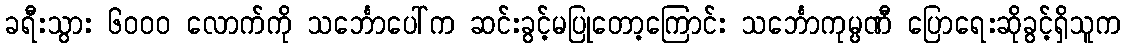
ခရီးသွား ၆၀၀၀ လောက်ကို သင်္ဘောပေါ်က ဆင်းခွင့်မပြုတော့ကြောင်း သင်္ဘောကုမ္ပဏီ ပြောရေးဆိုခွင့်ရှိသူက